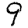
Digit: 9